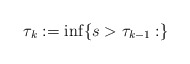
\begin{align*}\tau_k:= \inf\{ s> \tau_{k-1} : \}\end{align*}